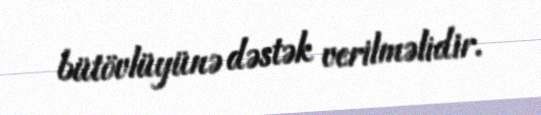
bütövlüyünə dəstək verilməlidir.